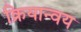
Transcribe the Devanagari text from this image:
क्रियान्वय